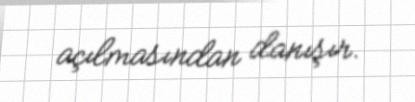
açılmasından danışır.